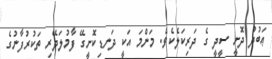
ޢަބުދު ދޮށީ ސީދީ ގެ ދަރިކަލެކެވެ. މަންމަ އަކީ ދަނޑިކޮށީގޭ ފާމުލަދޭރި ތަކުރުފާނުގެ